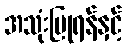
အသုံးပြုရန်နှင့်